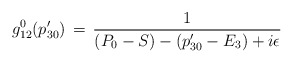
\begin{align*}g^0_{12}(p'_{30})\,=\,{1\over(P_0-S)-(p'_{30}-E_3)+i\epsilon}\end{align*}